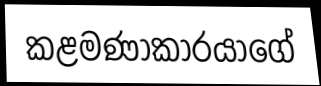
කළමණාකාරයාගේ